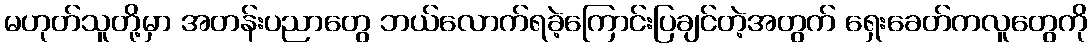
မဟုတ်သူတို့မှာ အတန်းပညာတွေ ဘယ်လောက်ရခဲ့ကြောင်းပြချင်တဲ့အတွက် ရှေးခေတ်ကလူတွေကို